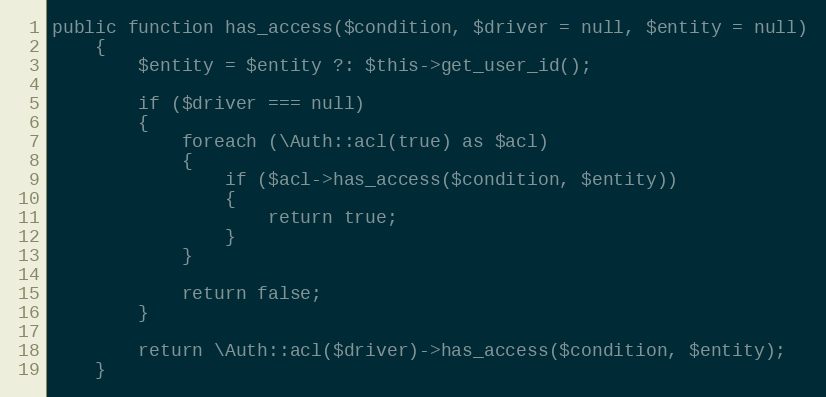
Language: PHP
public function has_access($condition, $driver = null, $entity = null)
	{
		$entity = $entity ?: $this->get_user_id();

		if ($driver === null)
		{
			foreach (\Auth::acl(true) as $acl)
			{
				if ($acl->has_access($condition, $entity))
				{
					return true;
				}
			}

			return false;
		}

		return \Auth::acl($driver)->has_access($condition, $entity);
	}